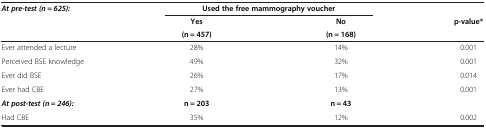
| <ROWSPAN=3> At pre-test (n = 625): | <COLSPAN=2> Used the free mammography voucher | <ROWSPAN=3> p-value* |
 | Yes | No |
 | (n = 457) | (n = 168) |
 | --- | --- | --- | --- |
 | Ever attended a lecture | 28% | 14% | 0.001 |
 | Perceived BSE knowledge | 49% | 32% | 0.001 |
 | Ever did BSE | 26% | 17% | 0.014 |
 | Ever had CBE | 27% | 13% | 0.001 |
 | At post-test (n = 246): | n = 203 | n = 43 |  |
 | Had CBE | 35% | 12% | 0.002 |